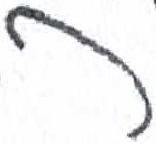
אות: ק